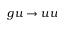
g u \rightarrow u u